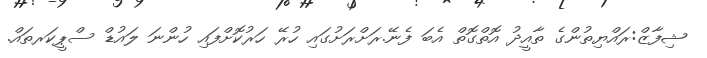
ޝިފާޒް:ރައްޔިތުންގެ ތާއީދު އޮތްގޮތް އެބަ ފެނޭ.ރަށްރަށުގައި ހުރޭ ހަރުކޮށްފައި ހުންނަ ލައުޑް ސްޕީކަރތައް.